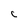
Character: C